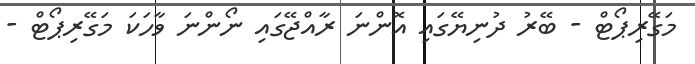
މަގޭރިޕޯޓް - ބޭރު ދުނިޔޭގައި އޮންނަ ރާއްޖޭގައި ނޯންނަ ވާހަކަ މަގޭރިޕޯޓް -